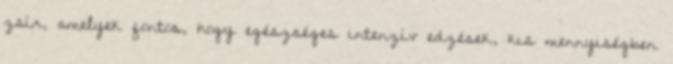
zsír, amelyek fontos, hogy egészséges intenzív edzések, kis mennyiségben